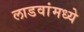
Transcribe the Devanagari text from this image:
लाडवांमध्ये